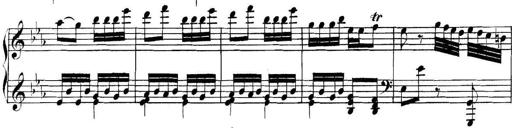
Title: Collected Piano Sonatas
Composer: Muzio Clementi